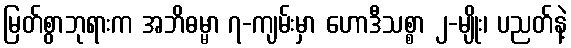
မြတ်စွာဘုရားက အဘိဓမ္မာ ၇-ကျမ်းမှာ ဟောဒီသစ္စာ ၂-မျိုး၊ ပညတ်နဲ့